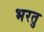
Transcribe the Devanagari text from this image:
भरतु